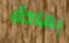
بمادة